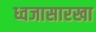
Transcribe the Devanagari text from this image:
ध्वजासारखा